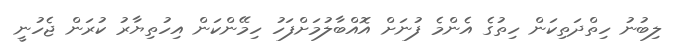
ލިބުނު ހިތްދަތިކަން ހިތުގެ އެންމެ ފުނަށް އޮއްބާލުމަށްފަހު ހިމޭންކަން އިހުތިޔާރު ކުރަން ޖެހުނީ